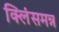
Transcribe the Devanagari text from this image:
क्लिंसमन्न